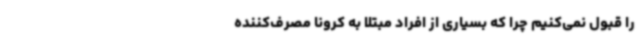
را قبول نمی‌کنیم چرا که بسیاری از افراد مبتلا به کرونا مصرف‌کننده